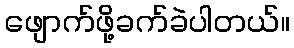
ဖျောက်ဖို့ခက်ခဲပါတယ်။